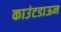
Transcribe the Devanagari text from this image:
काउंटडाऊन